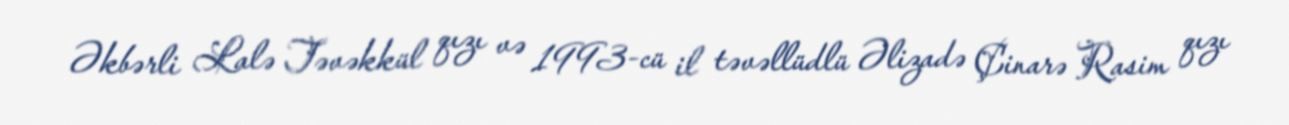
Əkbərli Lalə Təvəkkül qızı və 1993-cü il təvəllüdlü Əlizadə Çinarə Rasim qızı